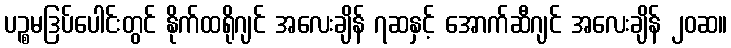
ပဉ္စမဒြပ်ပေါင်းတွင် နိုက်ထရိုဂျင် အလေးချိန် ၇ဆနှင့် အောက်ဆီဂျင် အလေးချိန် ၂၀ဆ။